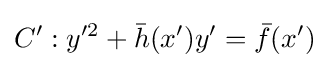
C':y'^{2}+{\bar {h}}(x')y'={\bar {f}}(x')